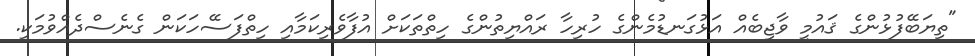
"ތިޔަބޭފުޅުންގެ ޤައުމީ ވާޖިބެއް އަޅުގަނޑުމެންގެ ހުރިހާ ރައްޔިތުންގެ ހިތްތަކަށް އުފާވެރިކަމާއި ހިތްފަސޭހަކަން ގެނެސްދެއްވުމަކީ.